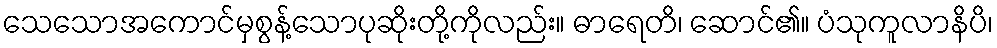
သေသောအကောင်မှစွန့်သောပုဆိုးတို့ကိုလည်း။ ဓာရေတိ၊ ဆောင်၏။ ပံသုကူလာနိပိ၊